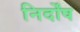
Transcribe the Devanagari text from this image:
निर्दोंष